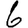
Digit: 6